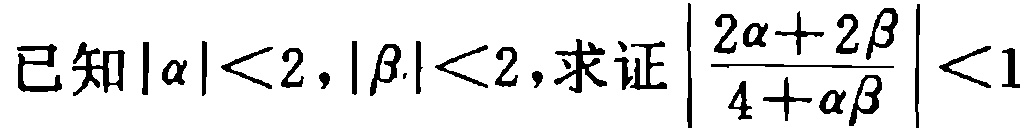
已知\(|\alpha |<2,|\beta |<2\)，求证\(\left|\frac{2\alpha + 2\beta}{4+\alpha\beta}\right|<1\)